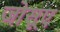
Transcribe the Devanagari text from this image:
जोसूए